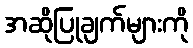
အဆိုပြုချက်များကို